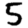
Digit: 5